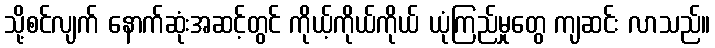
သို့စင်လျက် နောက်ဆုံးအဆင့်တွင် ကိုယ့်ကိုယ်ကိုယ် ယုံကြည်မှုတွေ ကျဆင်း လာသည်။